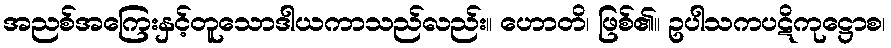
အညစ်အကြေးနှင့်တူသောဒါယကာသည်လည်း။ ဟောတိ၊ ဖြစ်၏။ ဥပါသကပဋိကုဋ္ဌောစ၊